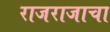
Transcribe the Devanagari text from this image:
राजराजाचा